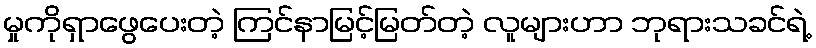
မှုကိုရှာဖွေပေးတဲ့ ကြင်နာမြင့်မြတ်တဲ့ လူများဟာ ဘုရားသခင်ရဲ့